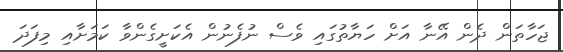
ޖަހާތަން ދެން އޭނާ އަށް ހަޔާތުގައި ވެސް ނުފެނުން އެކަށީގެންވާ ކަމަށާއި މިފަދަ